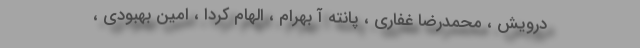
درویش ، محمدرضا غفاری ، پانته آ بهرام ، الهام کردا ، امین بهبودی ،